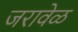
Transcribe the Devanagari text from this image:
जरावेळ